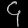
Digit: ၄